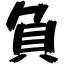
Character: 負